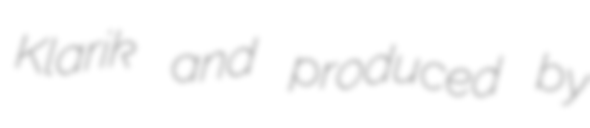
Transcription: Klarik and produced by